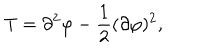
T = \partial ^ { 2 } \varphi - \frac { 1 } { 2 } ( \partial \varphi ) ^ { 2 } ,